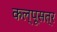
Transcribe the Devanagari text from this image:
कल्पूसत्र